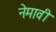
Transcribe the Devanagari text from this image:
नेमावी